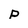
Character: p